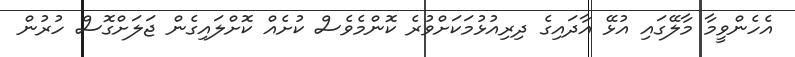
އެހެންވީމާ މާލޭގައި އުޅޭ އާދައިގެ ދިރިއުޅުމަކަށްވުރެ ކޮންމެވެސް ކުށެއް ކޮށްލައިގެން ޖަލަށްގޮސް ހުރުން